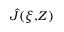
\hat { J } ( \xi , \! Z )